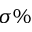
\sigma \%